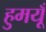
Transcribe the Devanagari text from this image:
हुमयूँ